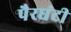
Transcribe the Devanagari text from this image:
पैरघंटी